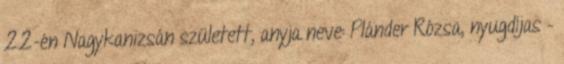
22-én Nagykanizsán született, anyja neve: Plánder Rózsa, nyugdíjas –